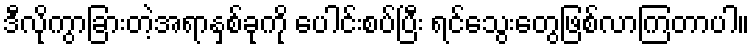
ဒီလိုကွာခြားတဲ့အရာနှစ်ခုကို ပေါင်းစပ်ပြီး ရင်သွေးတွေဖြစ်လာကြတာပါ။